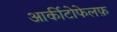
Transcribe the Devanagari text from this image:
आर्कीटोफेलफ़